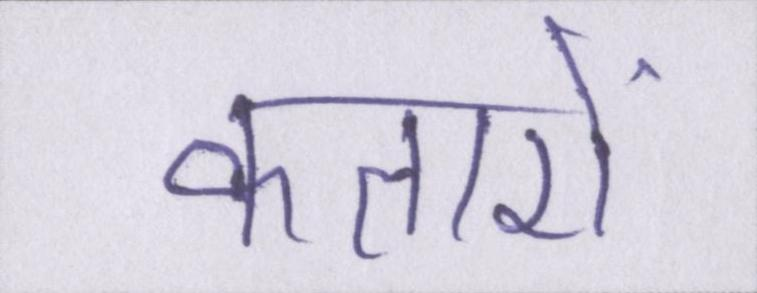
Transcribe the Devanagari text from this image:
कतारों